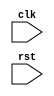
module reset_logic (
    input clk, 
    input rst,
    // other inputs/outputs
);

// declare your registers, signals, etc.

always @(negedge rst) begin
    // operations to reset or initialize the system
    // for example:
    // reset state machine
    // initialize registers
    // reconfigure system parameters
end

// write the rest of your Verilog code here

endmodule